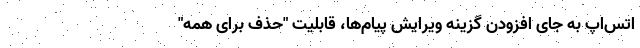
اتس‌اپ به جای افزودن گزینه ویرایش پیام‌ها، قابلیت "حذف برای همه"